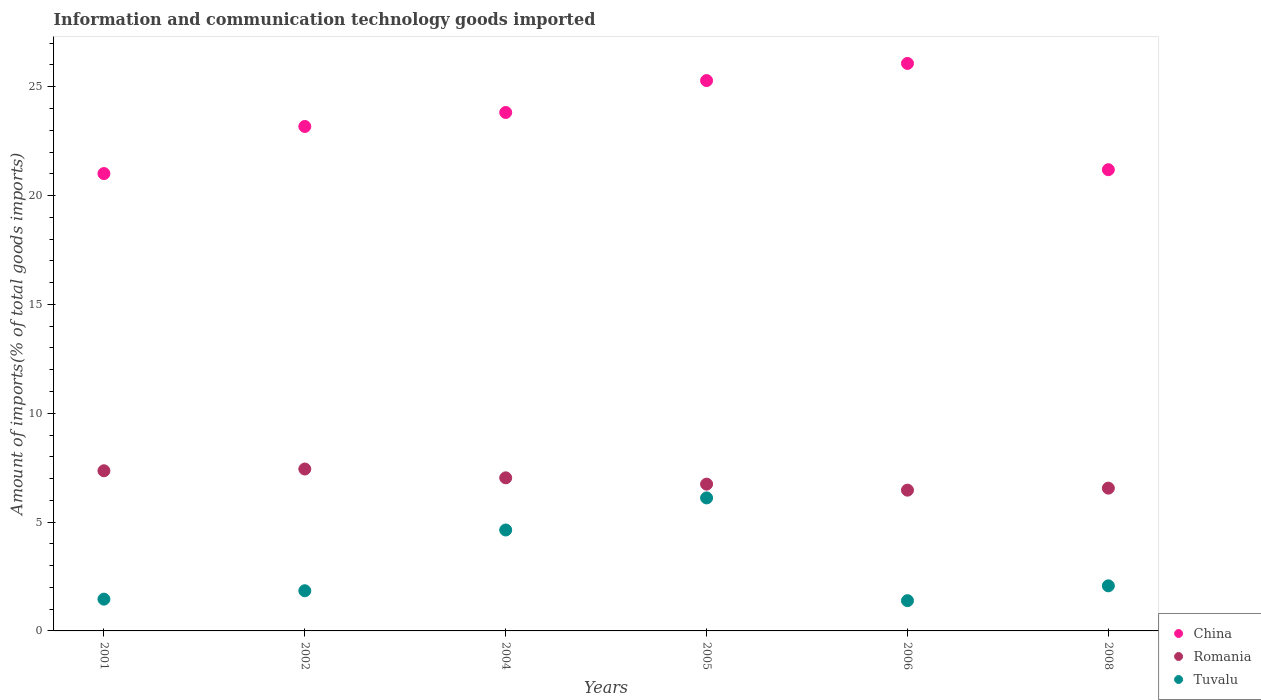
| Years | China | Romania | Tuvalu |
 | --- | --- | --- | --- |
 | 2001 | 21 | 7.36 | 1.46 |
 | 2002 | 23.2 | 7.44 | 1.85 |
 | 2004 | 23.8 | 7.03 | 4.64 |
 | 2005 | 25.3 | 6.74 | 6.11 |
 | 2006 | 26.1 | 6.47 | 1.39 |
 | 2008 | 21.2 | 6.56 | 2.07 |